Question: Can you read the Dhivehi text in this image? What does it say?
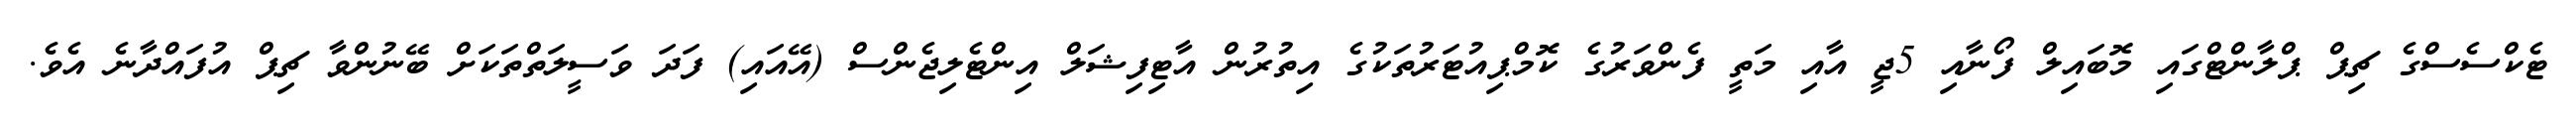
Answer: ޓެކްސެސްގެ ޗިޕް ޕްލާންޓްގައި މޮބައިލް ފޯނާއި 5ޖީ އާއި މަތީ ފެންވަރުގެ ކޮމްޕިއުޓަރުތަކުގެ އިތުރުން އާޓިފިޝަލް އިންޓެލިޖެންސް (އޭއައި) ފަދަ ވަސީލަތްތަކަށް ބޭނުންވާ ޗިޕް އުފައްދާނެ އެވެ.